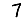
Digit: 7